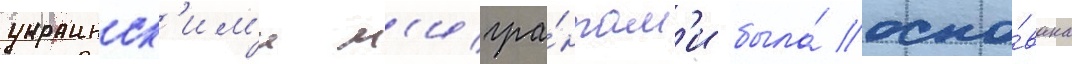
украинск'им'и м'игра́нтам'и была́ осно́вана